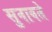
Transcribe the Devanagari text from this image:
सुनावते